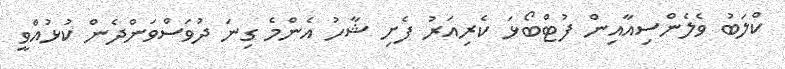
ކްލަބު ވެލެންސިއާއިން ފުޓްބޯޅަ ކެރިއަރު ފެށި ޝާހު އެންމެ ގިނަ ދުވަސްވަންދެން ކުޅުއްވީ